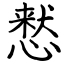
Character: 慭